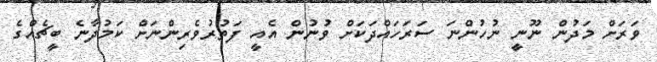
ވަރަށް މަދުން ނޫނީ ނުހުންނަ ސަރަހައްދަކަށް ވުނުން އެއީ ފަތުރުވެރިންނަށް ކަމުދާނެ ބީޗެއްގެ